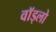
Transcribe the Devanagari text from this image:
वॉड्लो